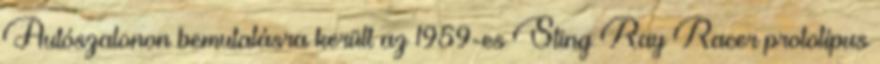
Autószalonon bemutatásra került az 1959-es Sting Ray Racer prototípus